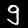
Label: 9